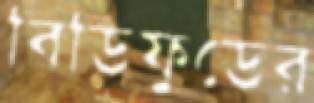
বিডিফুডের